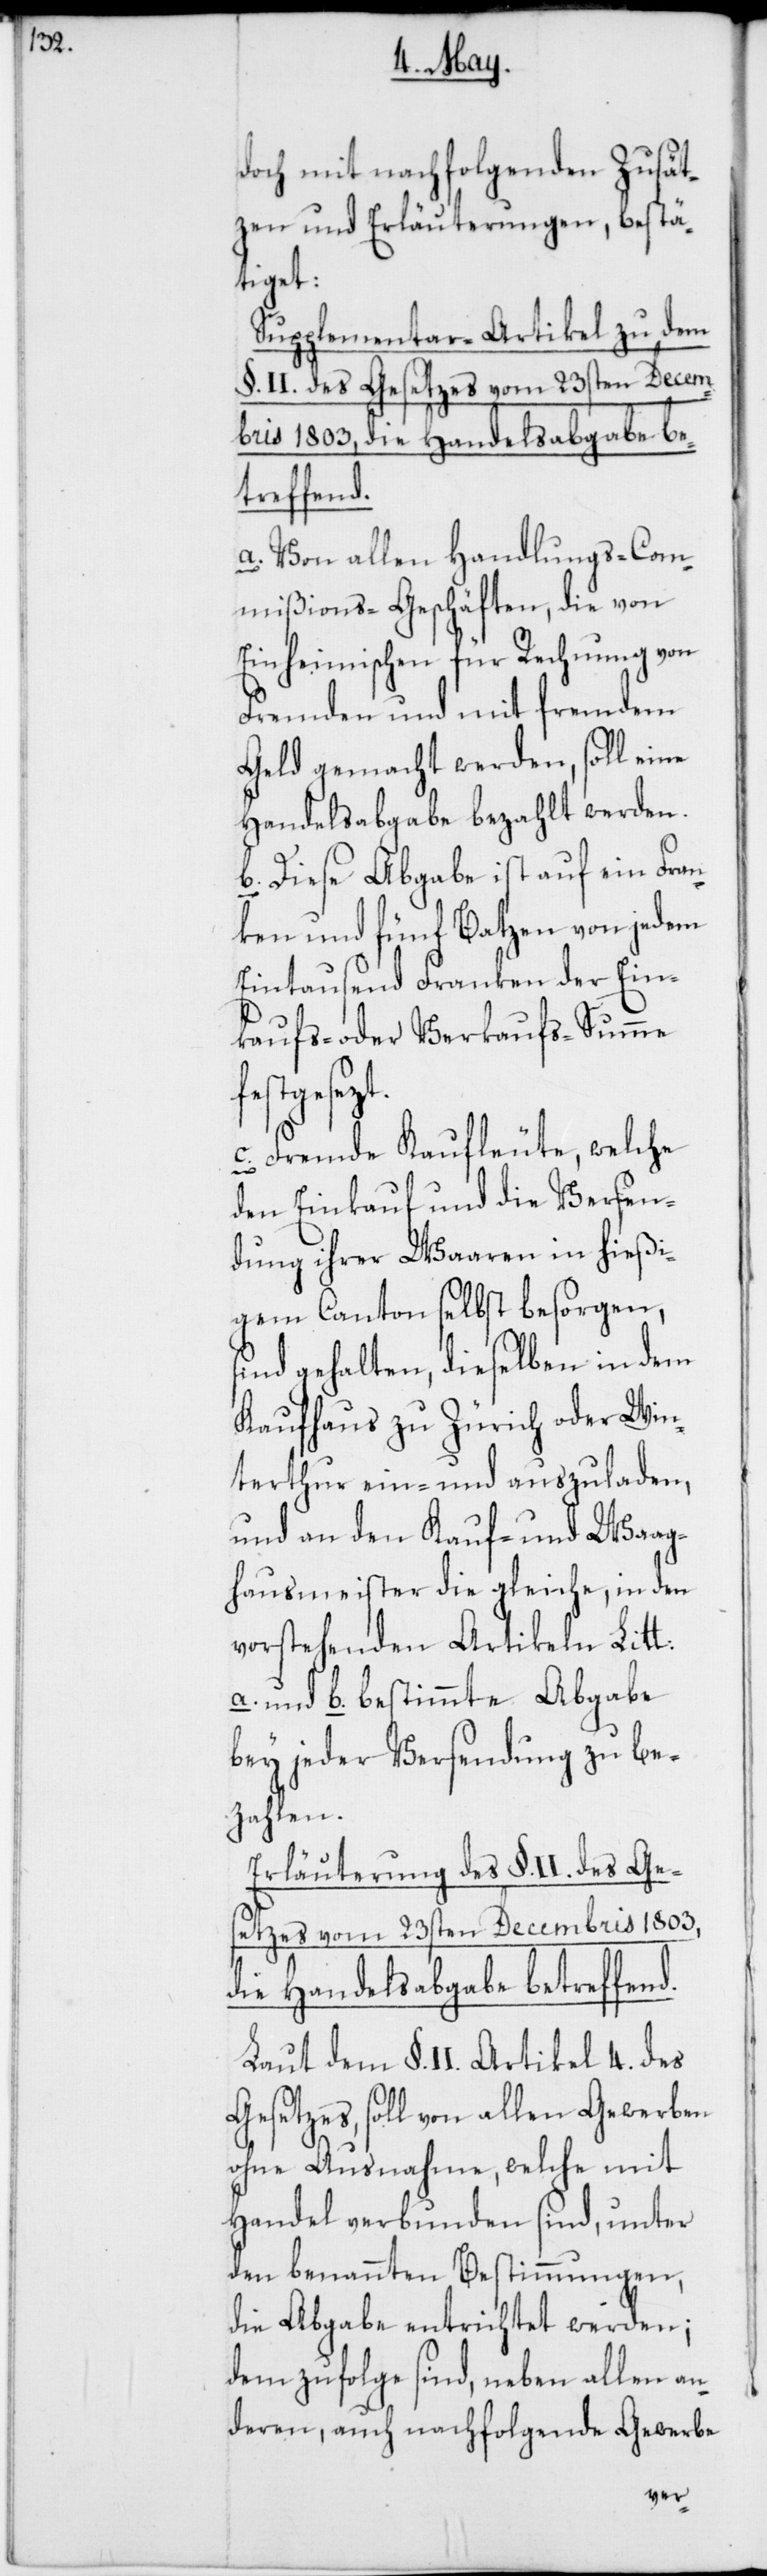
doch mit nachfolgenden Zusät¬
zen und Erläuterungen, bestä¬
tiget:
Supplementar-Artikel zu dem
§. II. des Gesetzes vom 23sten Decem¬
bris 1803, die Handelsabgabe be¬
treffend.
a. Von allen Handlungs-Com¬
mißions-Geschäften, die von
Einheimischen für Rechnung von
Fremden und mit fremdem
Geld gemacht werden, soll eine
Handelsabgabe bezahlt werden.
b. Diese Abgabe ist auf ein Fran¬
ken und fünf Batzen von jedem
Eintausend Franken der Ein¬
kaufs- oder Verkaufs-Summe
festgesezt.
c. Fremde Kaufleute, welche
den Einkauf und die Versen¬
dung ihrer Waaren in hießi¬
gem Canton selbst besorgen,
sind gehalten, dieselben in dem
Kaufhaus zu Zürich oder Win¬
terthur ein- und auszuladen,
und an den Kauf- und Waag¬
hausmeister die gleiche, in den
vorstehenden Artikeln Litt:
a. und b. bestimmte Abgabe
bey jeder Versendung zu be¬
zahlen.
Erläuterung des §. II. des Ge¬
setzes vom 23sten Decembris 1803,
die Handelsabgabe betreffend.
Laut dem §. II. Artikel 4. des
Gesetzes, soll von allen Gewerben
ohne Ausnahme, welche mit
Handel verbunden sind, unter
den benannten Bestimmungen,
die Abgabe entrichtet werden;
demzufolge sind, neben allen an¬
deren, auch nachfolgende Gewerbe